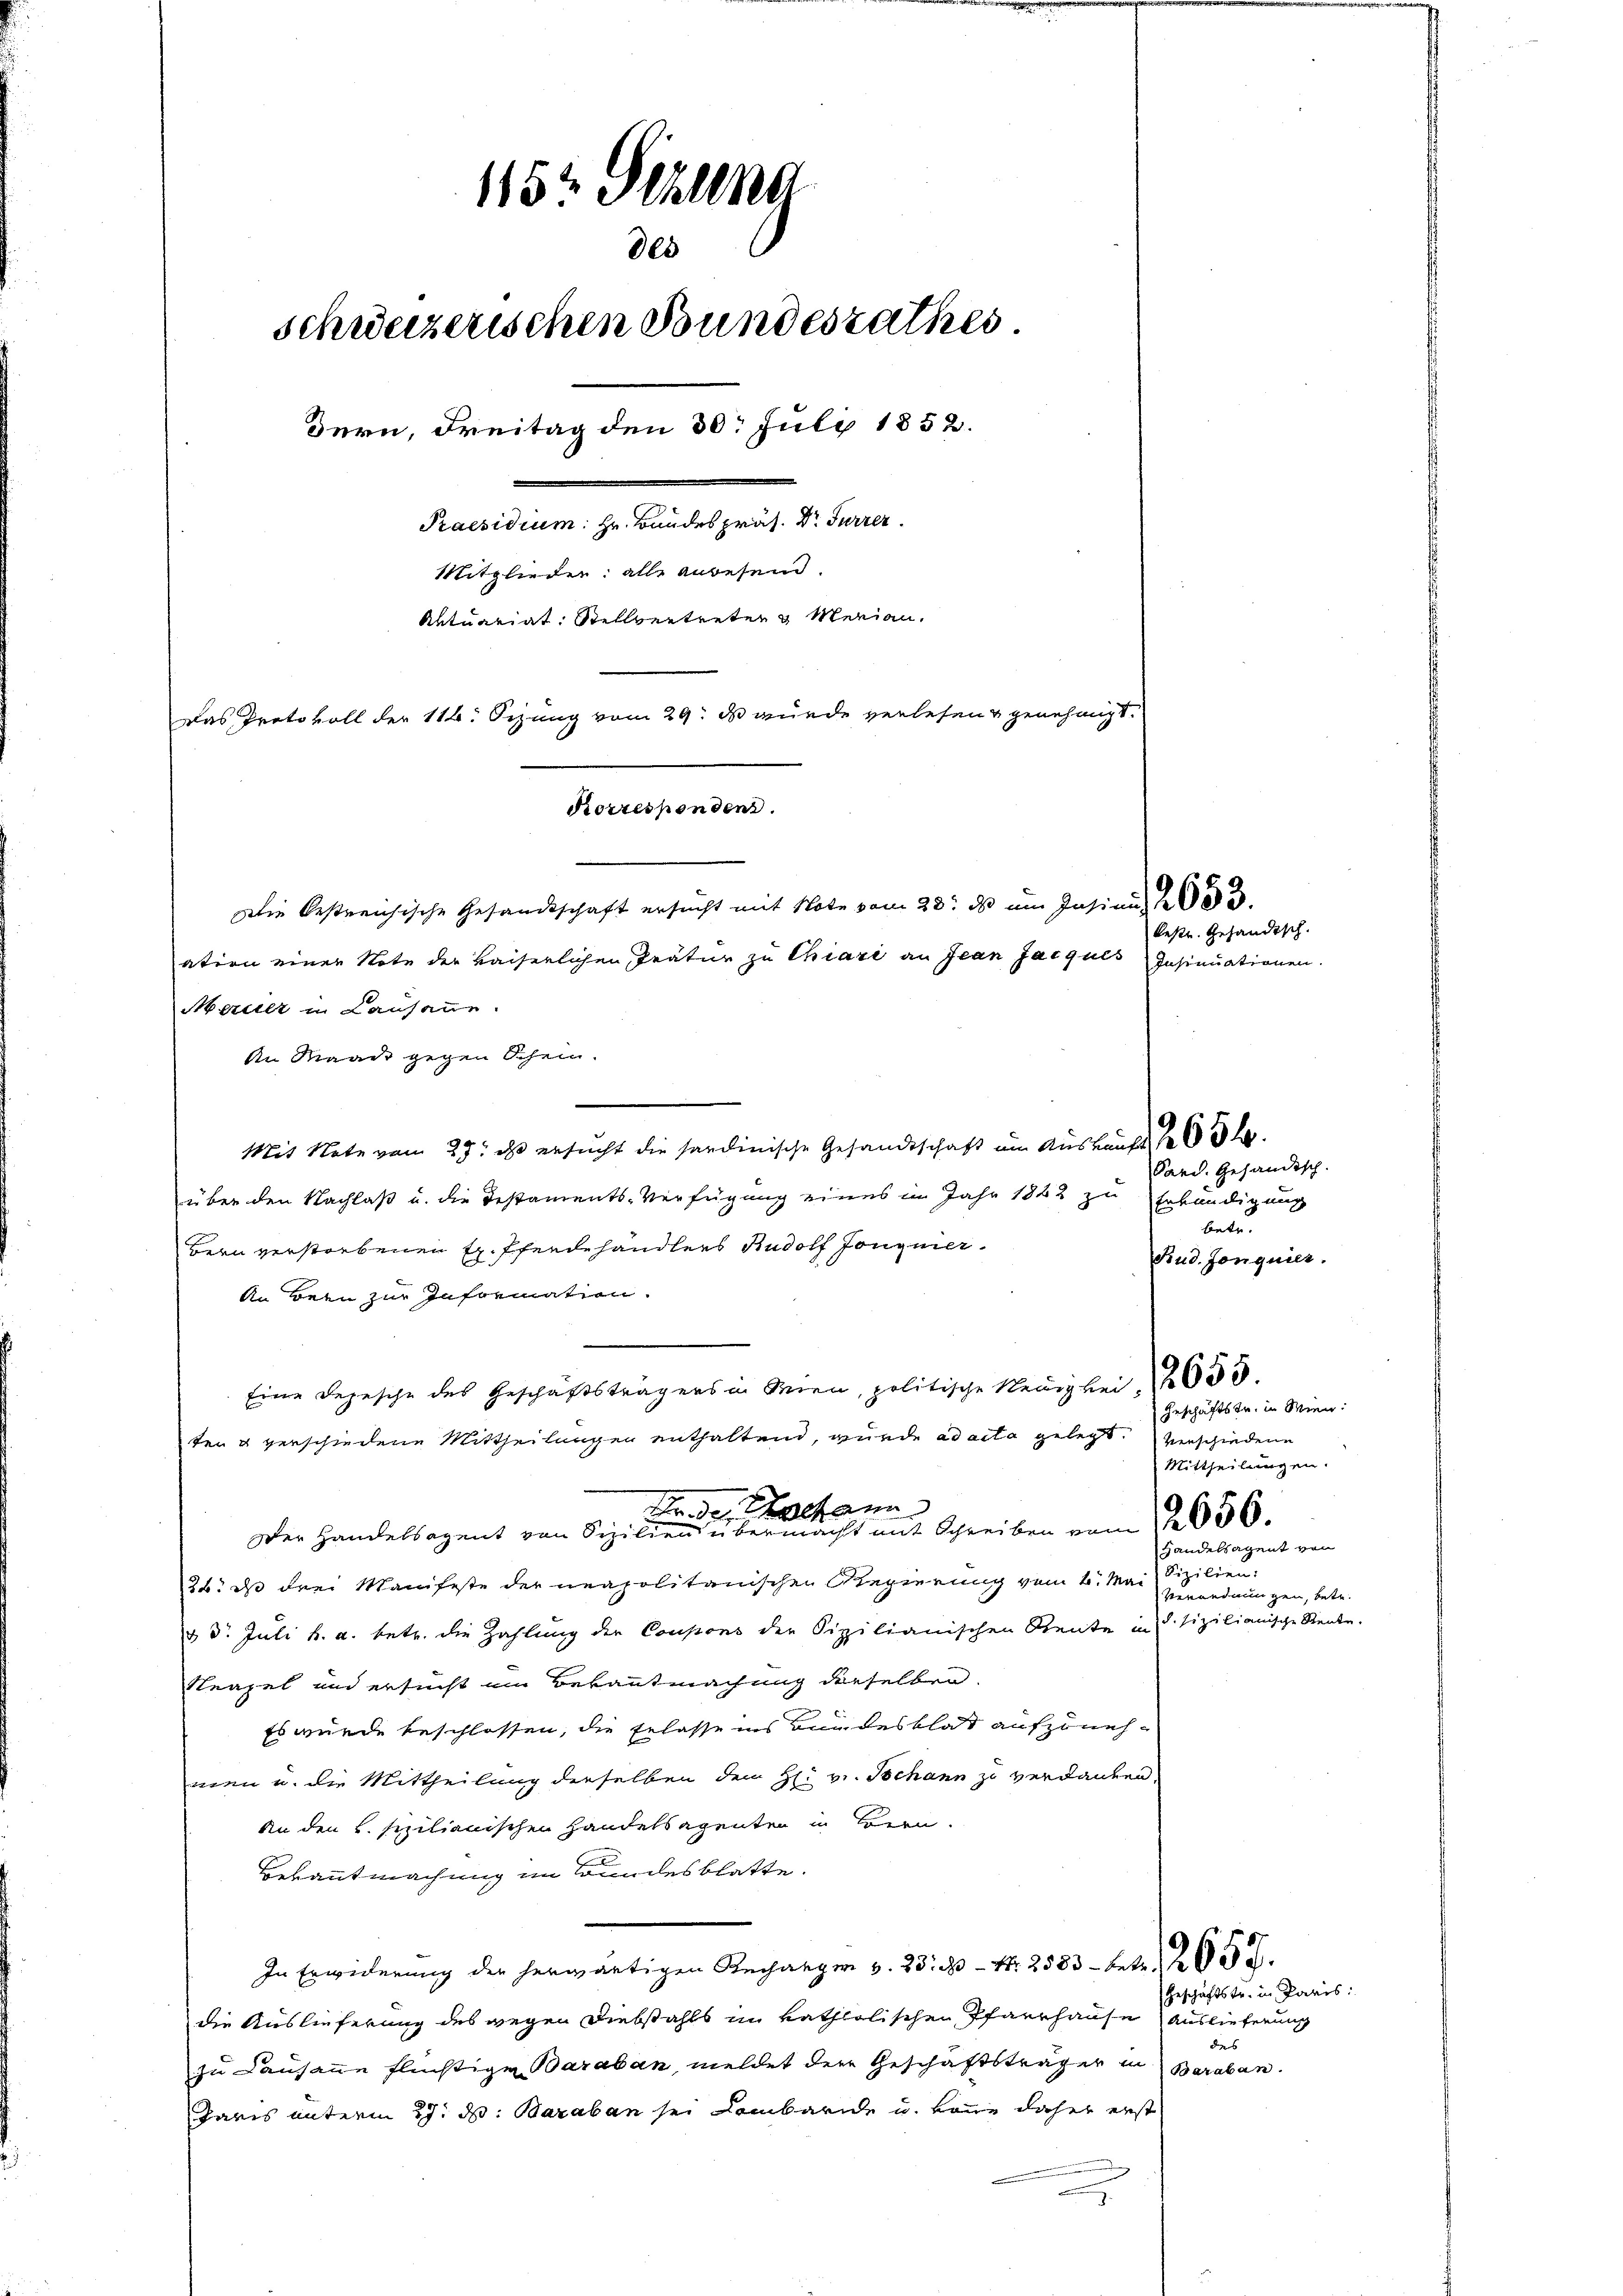
1152 Stund
des
schweizerischen Bundesrathes.
Bern, Freitag den 30. Juli 1852.
denden so langte es sein.
Mitglieder: alle anbesein.
Autuariat: Stellvertreten Merian,
Das Protokoll der 116. Sezung vom 29. ds wurde verlesen genehmigt.

Die bestreichische Gesandtschaft ersucht mit Note vom 28. ds um Insinu
ation einer Note der Kaiserlichen Tratur zu Chiari an Jean Jacques Insinuationen.
Merellt in Lausanne.
An Waadt gegen Schein.
Mit Note vom 27. ds ersucht die sardinische Gesandtschaft im Auskauft h
über den Nachlaß u. die Testaments-Verfügung eines im Jahr 1882 zu Erkundigung
Bern verstorbenen Hr. Pferdehändlers Rudolf Jonguer¬
An Bern zur Information.
Eine Depesche des Geschäftsträgers in Wien, politische März bei 255
ten u verschiedene Mittheilungen enthaltend, wurde ad acta gelegt. Verschiedene
Dr. der Hochann
Der Handelsagent von Seile einen aber nicht mit Schreiben vom 12656.
26. ds drei Manifeste der neapolitanischen Regierung vom 6. Mai Sizilien
& d. Juli h. a. betr. die Zahlung der Coupons der Sizilianischen Rente in Stizilianische Rente.
Neapel und ersucht ein Bekanntmachung derselben
Es wurde beschlossen, die Erlasse ins Bundesblat aufzunehmen u. die Mittheilung derselben dem H: v. Tschann zu verdanken,
an den L. spilianischen Handelsagenten in Bern.
Bekanntmachung im Bundesblatte.
In Erwiderung der herwärtigen Rechangen v. 23. - Nr. 2583 betr. 25.
die Auslieferung des wegen Diebstahls in katholischen Pfarrhause Auslieferung
zu Lausanne flüchtige Baraban, meldet der Geschäftsträger in Baraban
Paris unterm 27. d. Baraben sei Lombarde u. könne daher erst
a

Korrespendens.

kestr. Gehändisch.

Sard. Gehändisch.
Geschäftstr. in Wien:
Mittheilungen.
Handelsagent von
Verordnungen, betr.

betu
Bud. Jonquier.

des

Geschäftstr. in Paris: